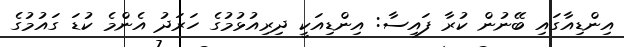
އިންޑިއާގައި ބޭނުން ކުރާ ފައިސާ: އިންޑިއަކީ ދިރިއުޅުމުގެ ހަރަދު އެންމެ ކުޑަ ގައުމުގެ